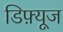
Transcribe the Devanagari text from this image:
डिफ़्यूज